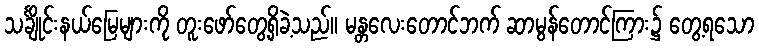
သင်္ချိုင်းနယ်မြေများကို တူးဖော်တွေ့ရှိခဲ့သည်။ မန္တလေးတောင်ဘက် ဆာမွန်တောင်ကြား၌ တွေ့ရသော